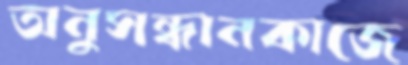
অনুসন্ধানকাজে